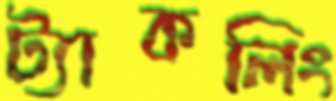
ট্যাকলিং